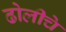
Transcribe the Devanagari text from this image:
ढोलीचे